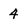
Character: 4